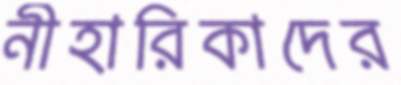
নীহারিকাদের